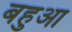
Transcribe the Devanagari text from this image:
बहुआ